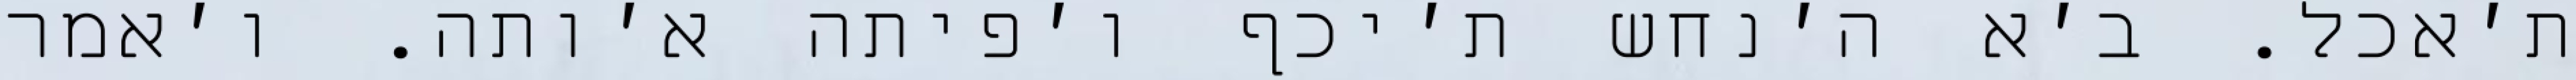
ת׳אכל. ב׳א ה׳נחש ת׳יכף ו׳פיתה א׳ותה. ו׳אמר